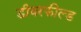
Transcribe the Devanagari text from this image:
डीयरफील्ड